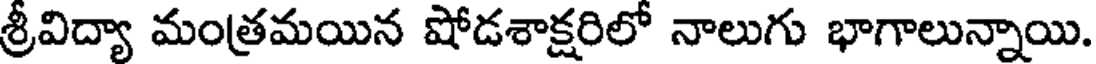
శ్రీవిద్యా మంత్రమయిన షోడశాక్షరిలో నాలుగు భాగాలున్నాయి.